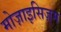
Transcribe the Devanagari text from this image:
मोज़ाइसिज़्म